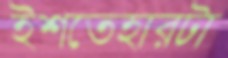
ইশতেহারটা